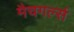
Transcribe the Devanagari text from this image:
मैचगर्ल्स